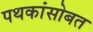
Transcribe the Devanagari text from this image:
पथकांसोबत